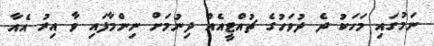
ނަމުގައި މަހަކު ދެ ދުވަހުގެ ޗުއްޓީއެއް ދިނުމަށް ނިންމާފައި ވާ އިރު އެއާ